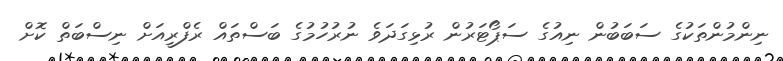
ނިންމުންތަކުގެ ސަބަބުން ނިއުގެ ސަޕޯޓަރުން ރުޅިގަދަވެ ނުރުހުމުގެ ބަސްތައް ރެފްރީއަށް ނިސްބަތް ކޮށް